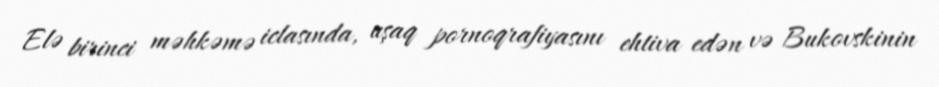
Elə birinci məhkəmə iclasında, uşaq pornoqrafiyasını ehtiva edən və Bukovskinin